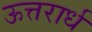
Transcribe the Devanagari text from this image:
ऊत्तरार्ध